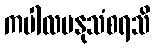
ကပါလမနုသံစရသိ